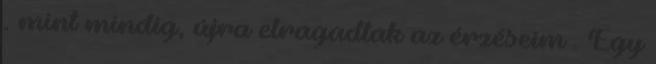
. mint mindig, újra elragadtak az érzéseim . Egy